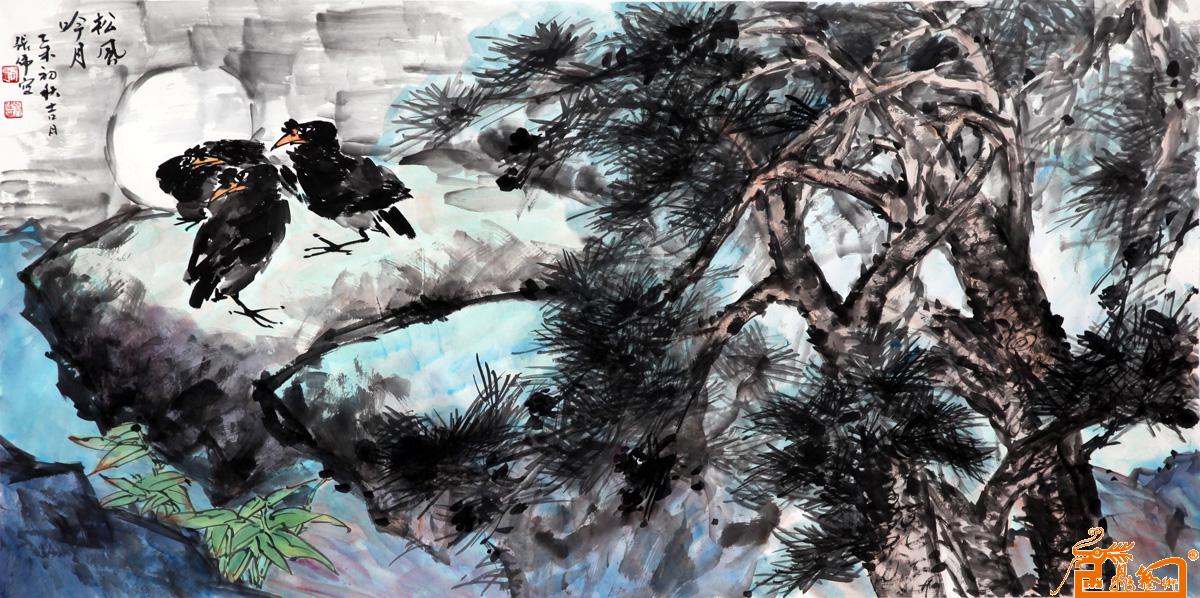
相逢唤醒京华梦，吴尘暗斑吟发。